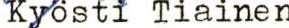
Kyösti Tiainen